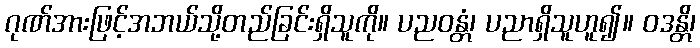
ဂုဏ်အားဖြင့်အဘယ်သို့တည်ခြင်းရှိသူကို။ ပညဝန္တံ၊ ပညာရှိသူဟူ၍။ ဝဒန္တိ၊